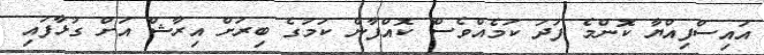
އައިސްފިއްޔާ ކޮންމެ ފަދަ ކަމެއްވެސް ކޮއްފާނެ ކަމުގެ ބިރަށް އިރާޝް އަށް ގުޅާފައި